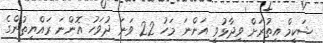
ޝަކީމް އިތުރަށް ވިދާޅުވީ އަންނަ މަހު 22 ވަނަ ދުވަހު އޮންނަ ރައްޔިތުންގެ